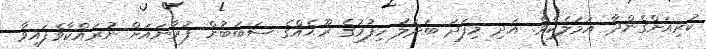
ކުރިއަށްގެންދާ އަމަލެކެވެ. އަދި މިފަދަ ބަދަލު ހިފުމުގެ ރޫޙެއްގެ ސަބަބުން ފުރާނައަށް ނުރައްކާވެފައިވާ